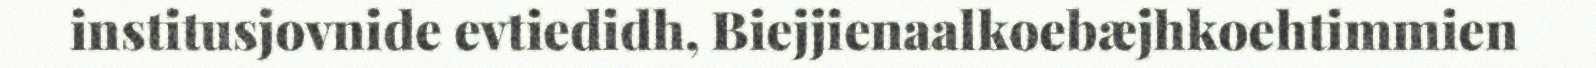
institusjovnide evtiedidh, Biejjienaalkoebæjhkoehtimmien